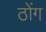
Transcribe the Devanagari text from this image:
ठोंग